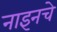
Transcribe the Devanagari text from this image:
नाइनचे